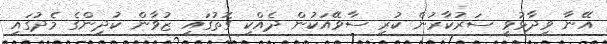
އޭނާ ވިދާޅުވީ ސަރުކާރުން ކުރި ސާވޭއަކުން ދެއްކި ގޮތުގައި ޒުވާން ކުދިންގެ މެދުގައި